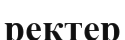
ректер